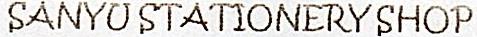
SANYU STATIONERY SHOP